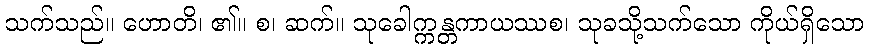
သက်သည်။ ဟောတိ၊ ၏။ စ၊ ဆက်။ သုခေါက္ကန္တကာယဿစ၊ သုခသို့သက်သော ကိုယ်ရှိသော